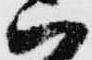
ハ